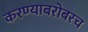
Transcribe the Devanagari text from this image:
करण्‍याबरोबरच